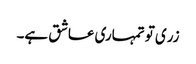
زری تو تمہاری عاشق ہے۔